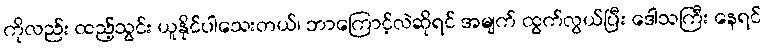
ကိုလည်း ထည့်သွင်း ယူနိုင်ပါသေးတယ်၊ ဘာကြောင့်လဲဆိုရင် အမျက် ထွက်လွယ်ပြီး ဒေါသကြီး နေရင်